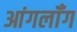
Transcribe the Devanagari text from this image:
आंगलॉँग